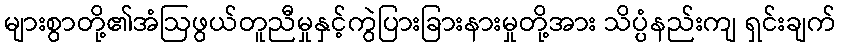
များစွာတို့၏အံဩဖွယ်တူညီမှုနှင့်ကွဲပြားခြားနားမှုတို့အား သိပ္ပံနည်းကျ ရှင်းချက်